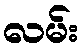
လမ်း